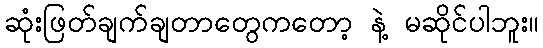
ဆုံးဖြတ်ချက်ချတာတွေကတော့ နဲ့ မဆိုင်ပါဘူး။